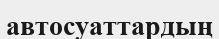
автосуаттардың